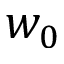
w _ { 0 }